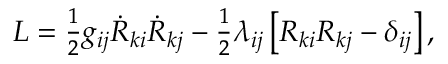
\begin{array} { r } { L = \frac 1 2 g _ { i j } \dot { R } _ { k i } \dot { R } _ { k j } - \frac 1 2 \lambda _ { i j } \left[ R _ { k i } R _ { k j } - \delta _ { i j } \right] , } \end{array}